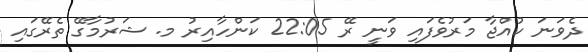
ދެވަނަ ކުއްޖާ މަރުވެފައި ވަނީ ރޭ 22:05 ކަންހާއިރު މ. ޝަރުމާގޭ ތެރޭގައި